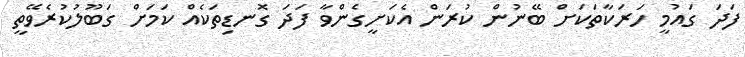
ފަދަ ގައުމީ ހަރަކާތަކަށް ބޭނުން ކުރަން އެކަށީގެންވާ ފަދަ ގޮނޑިތަކެއް ކަމަށް ގަބޫލުކުރެވޭތީ